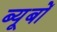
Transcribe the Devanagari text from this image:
ब्यूबों